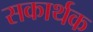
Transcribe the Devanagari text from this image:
सकार्थक